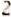
2